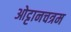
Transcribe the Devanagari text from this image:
ओट्टानचत्रम